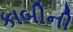
કાબીની